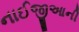
નાઈજીઆની